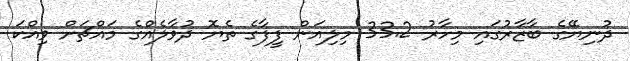
ދުނިޔޭގެ ބާޒާރުގައި މިހާރު 33.2 މިލިއަން ފީފާގެ ތެޔޮ ދުވާލެއްގެ މައްޗަށް ވިއްކަ